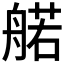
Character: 𫇜